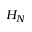
H _ { N }